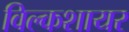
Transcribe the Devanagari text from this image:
विल्कशायर